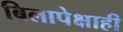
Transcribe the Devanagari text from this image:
बिलापेक्षाही